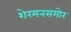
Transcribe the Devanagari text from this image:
शेरमनसमोर